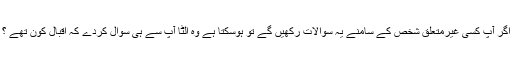
اگر آپ كسی غیرمتعلق شخص كے سامنے یہ سوالات ركھیں گے تو ہوسكتا ہے وہ الٹا آپ سے ہی سوال كردے كہ اقبال كون تھے ؟